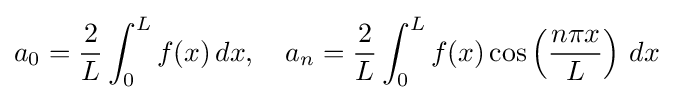
a_{0}={\frac {2}{L}}\int _{0}^{L}f(x)\,dx,\quad a_{n}={\frac {2}{L}}\int _{0}^{L}f(x)\cos \left({\frac {n\pi x}{L}}\right)\,dx